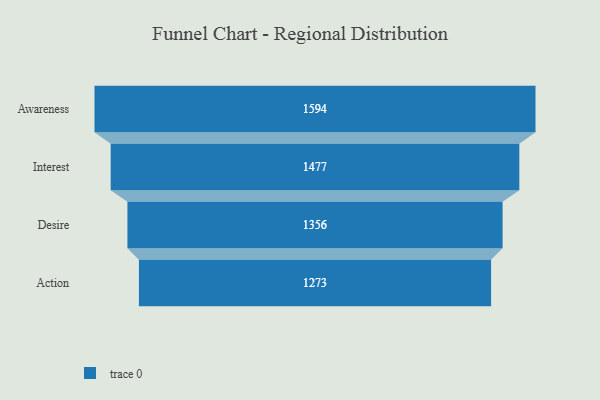
{"axis": {"x": "Stage", "y": "Value"}, "legend": [""], "data": [{"x": "Awareness", "y": 1594.0, "type": ""}, {"x": "Interest", "y": 1477.0, "type": ""}, {"x": "Desire", "y": 1356.0, "type": ""}, {"x": "Action", "y": 1273.0, "type": ""}]}